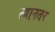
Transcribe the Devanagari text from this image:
त्यानतर